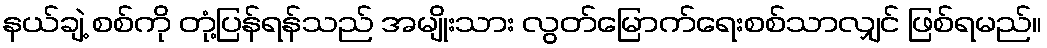
နယ်ချဲ့ စစ်ကို တုံ့ပြန်ရန်သည် အမျိုးသား လွတ်မြောက်ရေးစစ်သာလျှင် ဖြစ်ရမည်။